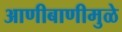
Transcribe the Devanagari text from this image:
आणीबाणीमुळे